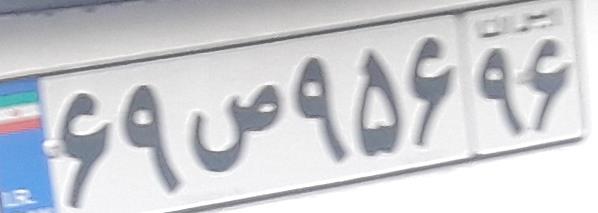
۶۹ص۹۵۶۶۹